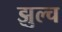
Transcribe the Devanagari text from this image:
झुल्च